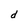
Character: d